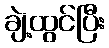
ချဲ့ထွင်ပြီး